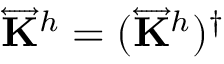
\overleftrightarrow { \mathbf { K } } ^ { h } = ( \overleftrightarrow { \mathbf { K } } ^ { h } ) ^ { \dag }